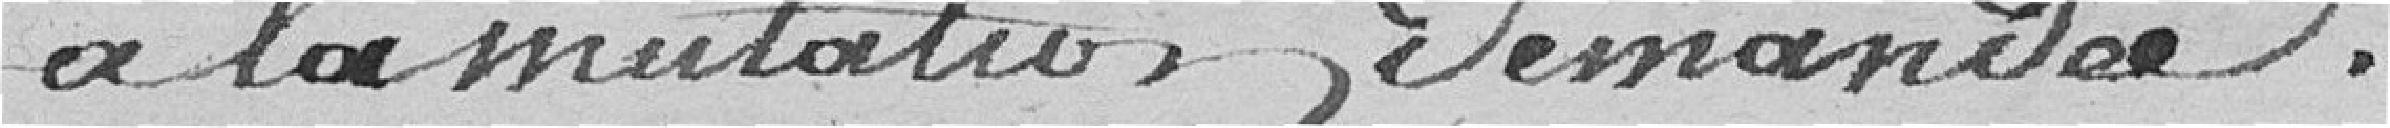
à la mutation demandée.